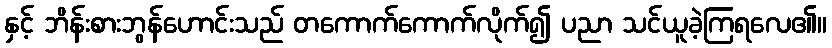
နှင့် ဘိန်းစားဘွန်ဟောင်းသည် တကောက်ကောက်လိုက်၍ ပညာ သင်ယူခဲ့ကြရလေ၏။